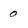
Character: 0